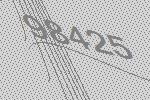
98425